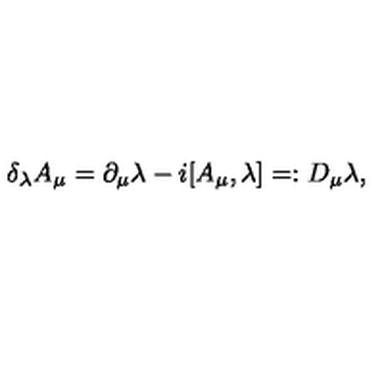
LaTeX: \delta _ { \lambda } A _ { \mu } = \partial _ { \mu } \lambda - i [ A _ { \mu } , \lambda ] = : D _ { \mu } \lambda ,